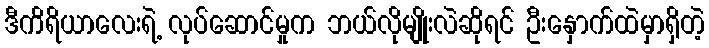
ဒီကိရိယာလေးရဲ့ လုပ်ဆောင်မှုက ဘယ်လိုမျိုးလဲဆိုရင် ဦးနှောက်ထဲမှာရှိတဲ့